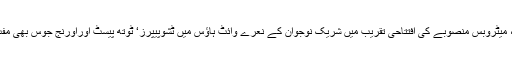
مائزہ حمید میاں صاحب ’آئی لو یو‘، میٹروبس منصوبے کی افتتاحی تقریب میں شریک نوجوان کے نعرے وائٹ ہاﺅس میں ٹشوپیپرز‘ ٹوتھ پیسٹ اوراورنج جوس بھی مفت نہیں ملتا بلکہ خریدنا پڑتے تھے۔